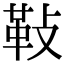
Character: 𩉲